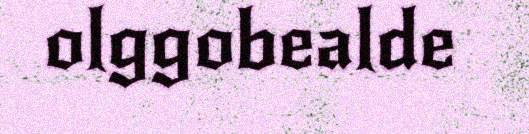
olggobealde